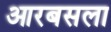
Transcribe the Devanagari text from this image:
आरबसला